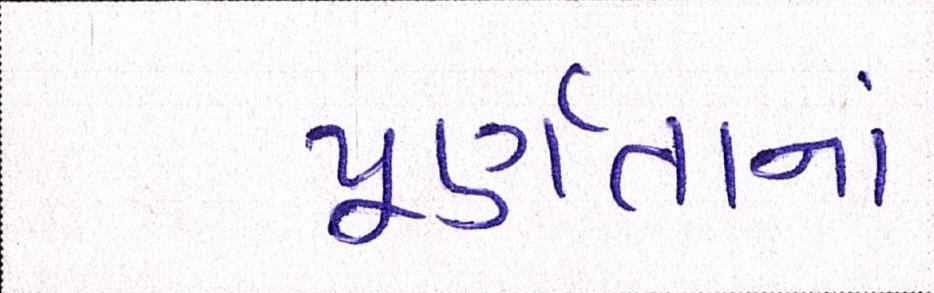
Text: પૂર્ણતાનાં